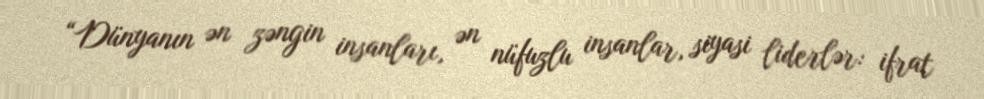
“Dünyanın ən zəngin insanları, ən nüfuzlu insanlar, siyasi liderlər: ifrat